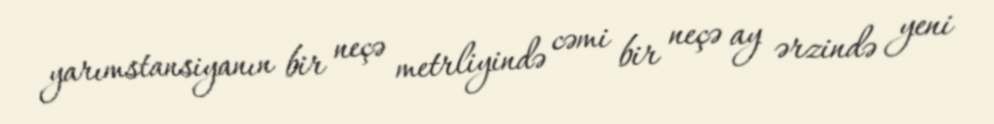
yarımstansiyanın bir neçə metrliyində cəmi bir neçə ay ərzində yeni